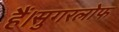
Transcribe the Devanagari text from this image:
हैं।सुगरलोफ